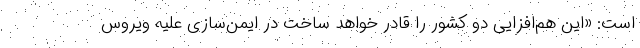
است: «این هم‌افزایی دو کشور را قادر خواهد ساخت در ایمن‌سازی علیه ویروس